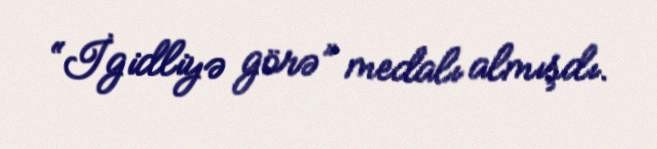
“İgidliyə görə” medalı almışdı.